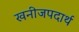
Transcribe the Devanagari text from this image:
खनीजपदार्थ